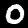
Label: 0